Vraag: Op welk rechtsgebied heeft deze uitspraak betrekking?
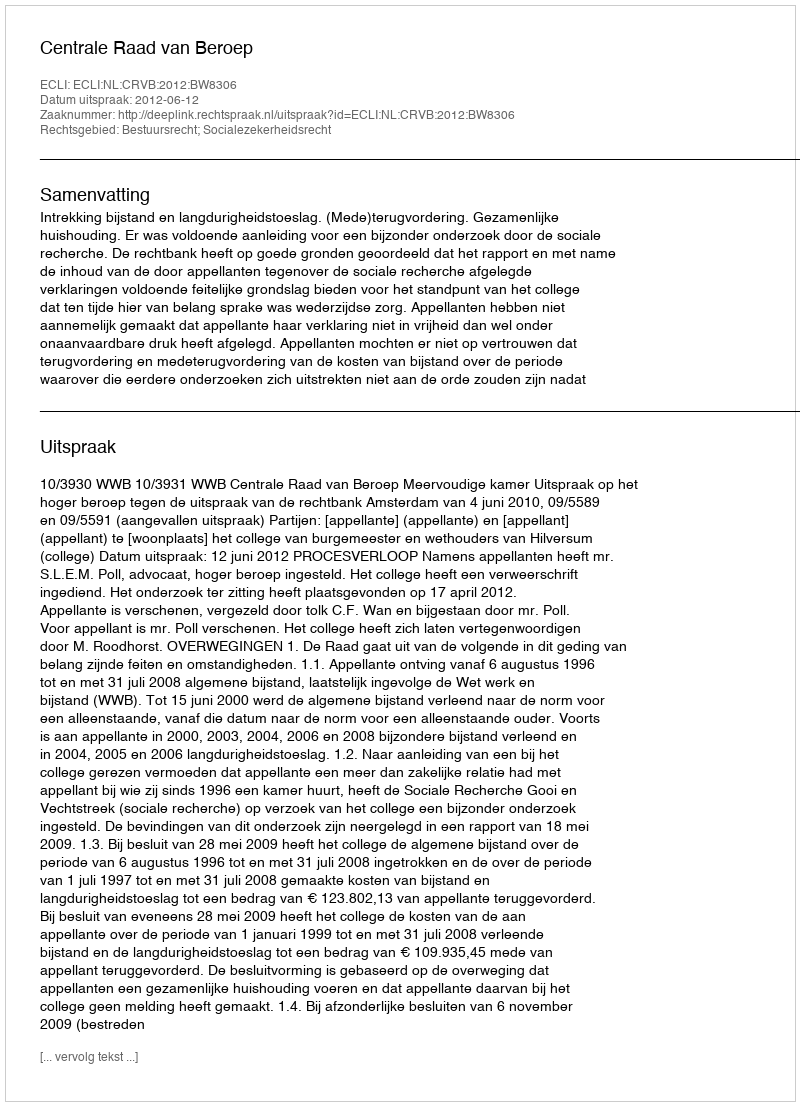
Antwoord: Bestuursrecht; Socialezekerheidsrecht